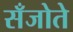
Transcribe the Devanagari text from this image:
सँजोते